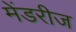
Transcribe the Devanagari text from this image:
मेंडरीज